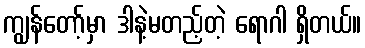
ကျွန်တော့်မှာ ဒါနဲ့မတည့်တဲ့ ရောဂါ ရှိတယ်။